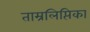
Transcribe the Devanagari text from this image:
ताम्रलिप्तिका